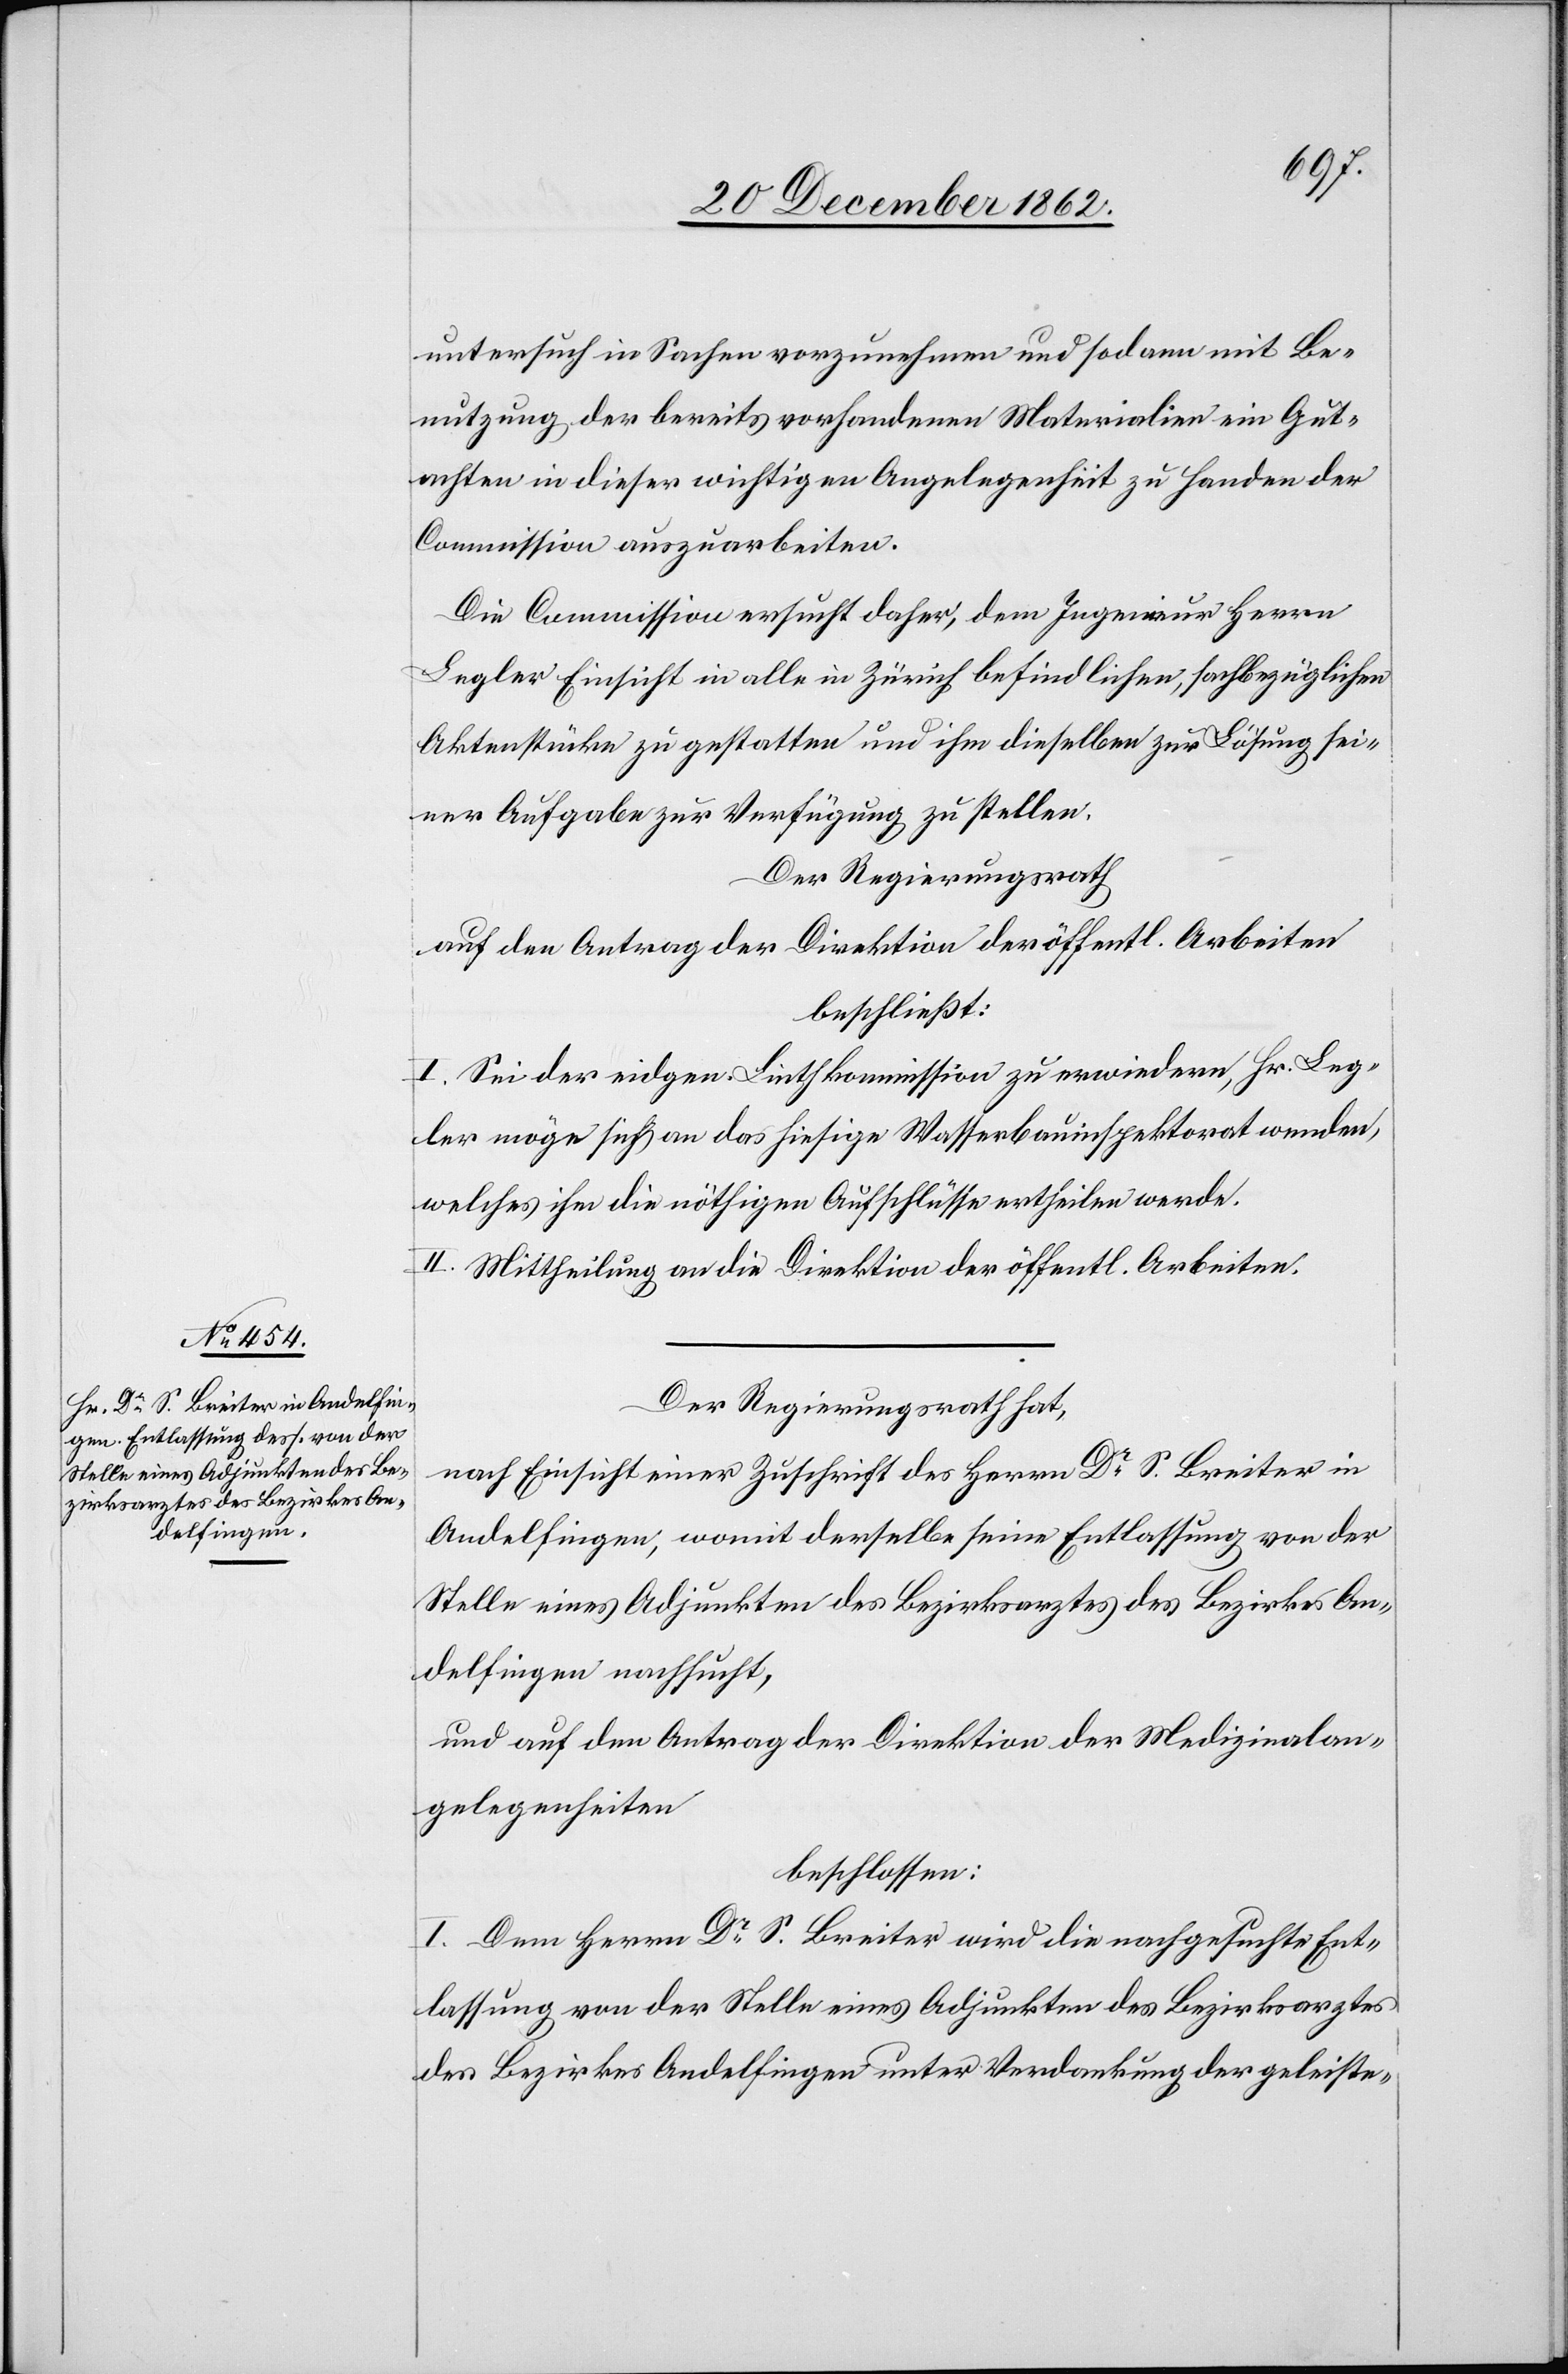
untersuch in Sachen vorzunehmen und sodann mit Be¬
nutzung der bereits vorhandenen Materialien ein Gut¬
achten in dieser wichtigen Angelegenheit zu Handen der
Commission auszuarbeiten.
Die Commission ersieht daher, dem Ingenieur Herrn
Legler Einsicht in alle in Zürich befindlichen, sachbezüglichen
Aktenstücke zu gestatten und ihm dieselben zur Lösung sei¬
ner Aufgabe zur Verfügung zu stellen.
Der Regierungsrath
auf den Antrag der Direktion der öffentl. Arbeiten
beschließt:
I. Sei der eidgen. Linthkommission zu erwiedern, Hr. Leg¬
ler möge sich an das hiesige Wasserbauinspektorat wenden,
welches ihm die nöthigen Aufschlüsse ertheilen werde.
II. Mittheilung an die Direktion der öffentl. Arbeiten.
Der Regierungsrath hat,
nach Einsicht einer Zuschrift des Herrn Dr S. Breiter in
Andelfingen, womit derselbe seine Entlassung von der
Stelle eines Adjunkten des Bezirksarztes des Bezirkes An¬
delfingen nachsucht,
und auf den Antrag der Direktion der Medizinalan¬
gelegenheiten
beschlossen:
I. Dem Herrn Dr S. Breiter wird die nachgesuchte Ent¬
lassung von der Stelle eines Adjunkten des Bezirksarztes
des Bezirkes Andelfingen unter Verdankung der geleiste-